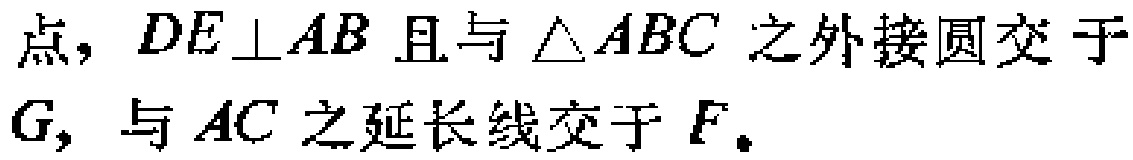
点，$DE\perp AB$且与$\triangle ABC$之外接圆交于$G$，与$AC$之延长线交于$F$。